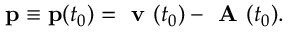
\mathbf { p } \equiv \mathbf { p } ( t _ { 0 } ) = \textbf { v } ( t _ { 0 } ) - \textbf { A } ( t _ { 0 } ) .